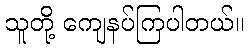
သူတို့ ကျေနပ်ကြပါတယ်။